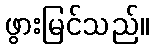
ဖွားမြင်သည်။